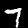
Digit: 7